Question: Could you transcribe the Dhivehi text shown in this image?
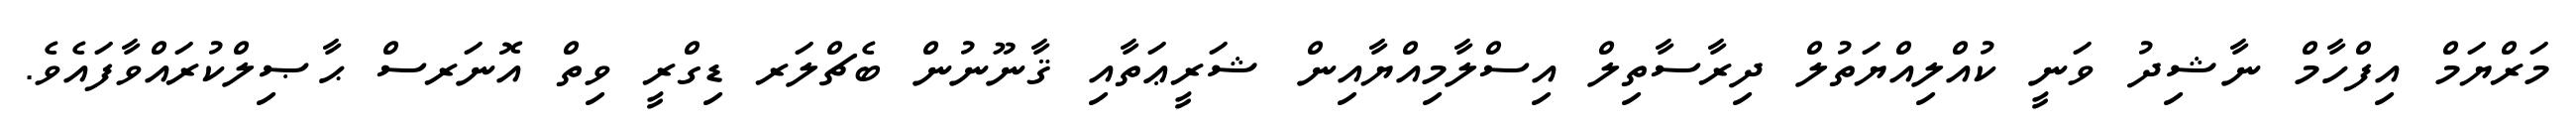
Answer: މަރްޔަމް އިފްހާމް ނާޝިދު ވަނީ ކުއްލިއްޔަތުލް ދިރާސާތިލް އިސްލާމިއްޔާއިން ޝަރީޢަތާއި ޤާނޫނުން ބެޗްލަރ ޑިގްރީ ވިތް އޮނަރސް ޙާޞިލްކުރައްވާފައެވެ.